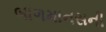
બાળમાનસની